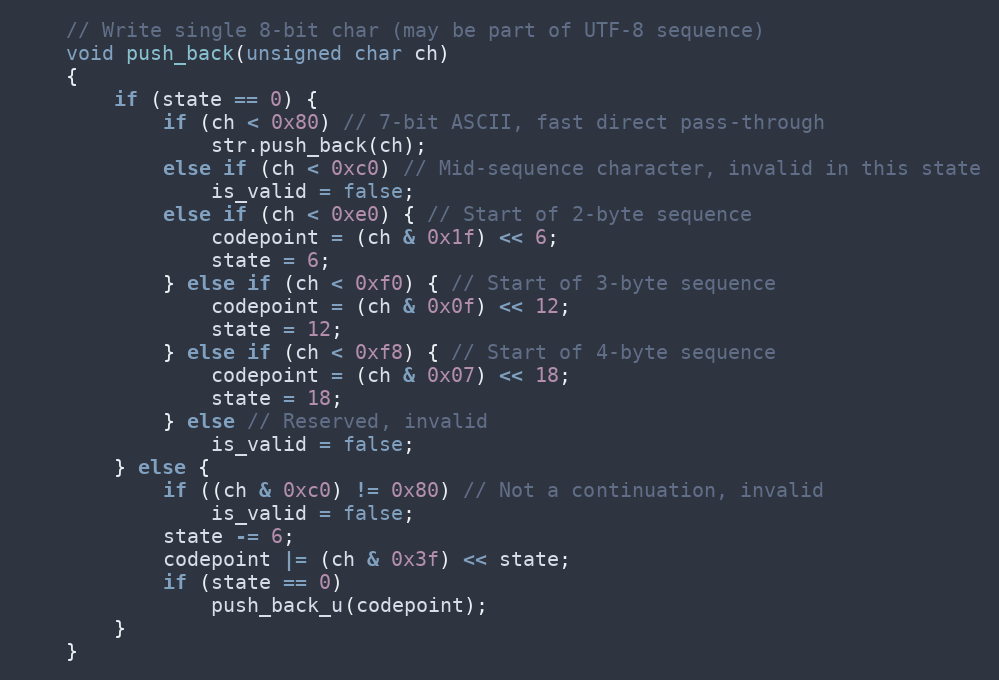
Language: C
    // Write single 8-bit char (may be part of UTF-8 sequence)
    void push_back(unsigned char ch)
    {
        if (state == 0) {
            if (ch < 0x80) // 7-bit ASCII, fast direct pass-through
                str.push_back(ch);
            else if (ch < 0xc0) // Mid-sequence character, invalid in this state
                is_valid = false;
            else if (ch < 0xe0) { // Start of 2-byte sequence
                codepoint = (ch & 0x1f) << 6;
                state = 6;
            } else if (ch < 0xf0) { // Start of 3-byte sequence
                codepoint = (ch & 0x0f) << 12;
                state = 12;
            } else if (ch < 0xf8) { // Start of 4-byte sequence
                codepoint = (ch & 0x07) << 18;
                state = 18;
            } else // Reserved, invalid
                is_valid = false;
        } else {
            if ((ch & 0xc0) != 0x80) // Not a continuation, invalid
                is_valid = false;
            state -= 6;
            codepoint |= (ch & 0x3f) << state;
            if (state == 0)
                push_back_u(codepoint);
        }
    }